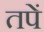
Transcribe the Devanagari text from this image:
तपें